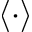
\langle \cdot \rangle